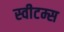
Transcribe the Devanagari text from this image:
स्वीटम्स